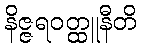
နိဇ္ဇရဝတ္ထူနီတိ